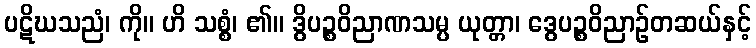
ပဋိဃသညံ၊ ကို။ ဟိ သစ္စံ၊ ၏။ ဒွိပဉ္စဝိညာဏသမ္ပ ယုတ္တာ၊ ဒွေပဉ္စဝိညာဉ်တဆယ်နှင့်